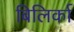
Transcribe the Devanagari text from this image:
बिलिर्का